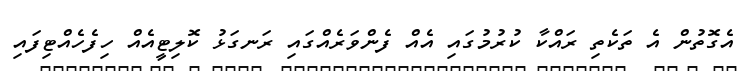
އެގޮތުން އެ ތަކެތި ރައްކާ ކުރުމުގައި އެއް ފެންވަރެއްގައި ރަނގަޅު ކޮލިޓީއެއް ހިފެހެއްޓިފައި